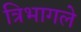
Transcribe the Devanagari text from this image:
त्रिभागले